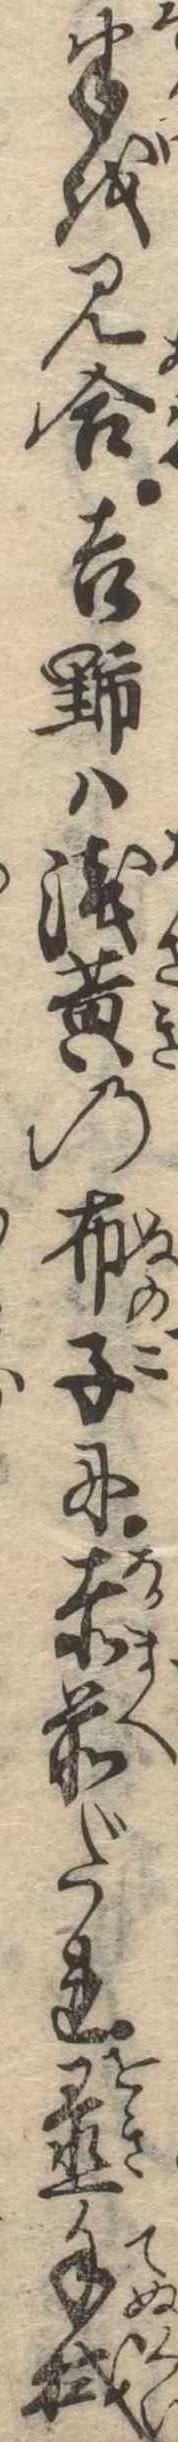
半を見合吉野は浅黄の布子に赤前だれ置手拭